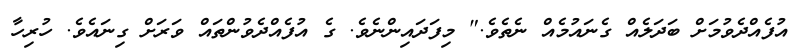
އުފެއްދެވުމަށް ބަދަލެއް ގެނައުމެއް ނެތެވެ." މިފަދައިންނެވެ. ގެ އުފެއްދެވުންތައް ވަރަށް ގިނައެވެ. ހުރިހާ